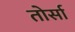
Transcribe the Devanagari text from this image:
तोर्सा